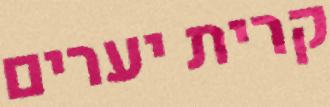
קרית יערים